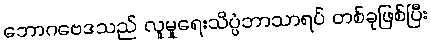
ဘောဂဗေဒသည် လူမှုရေးသိပ္ပံဘာသာရပ် တစ်ခုဖြစ်ပြီး